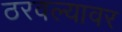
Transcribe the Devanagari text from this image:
ठरवल्यावर